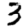
Digit: 3